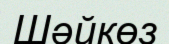
Шәйкөз